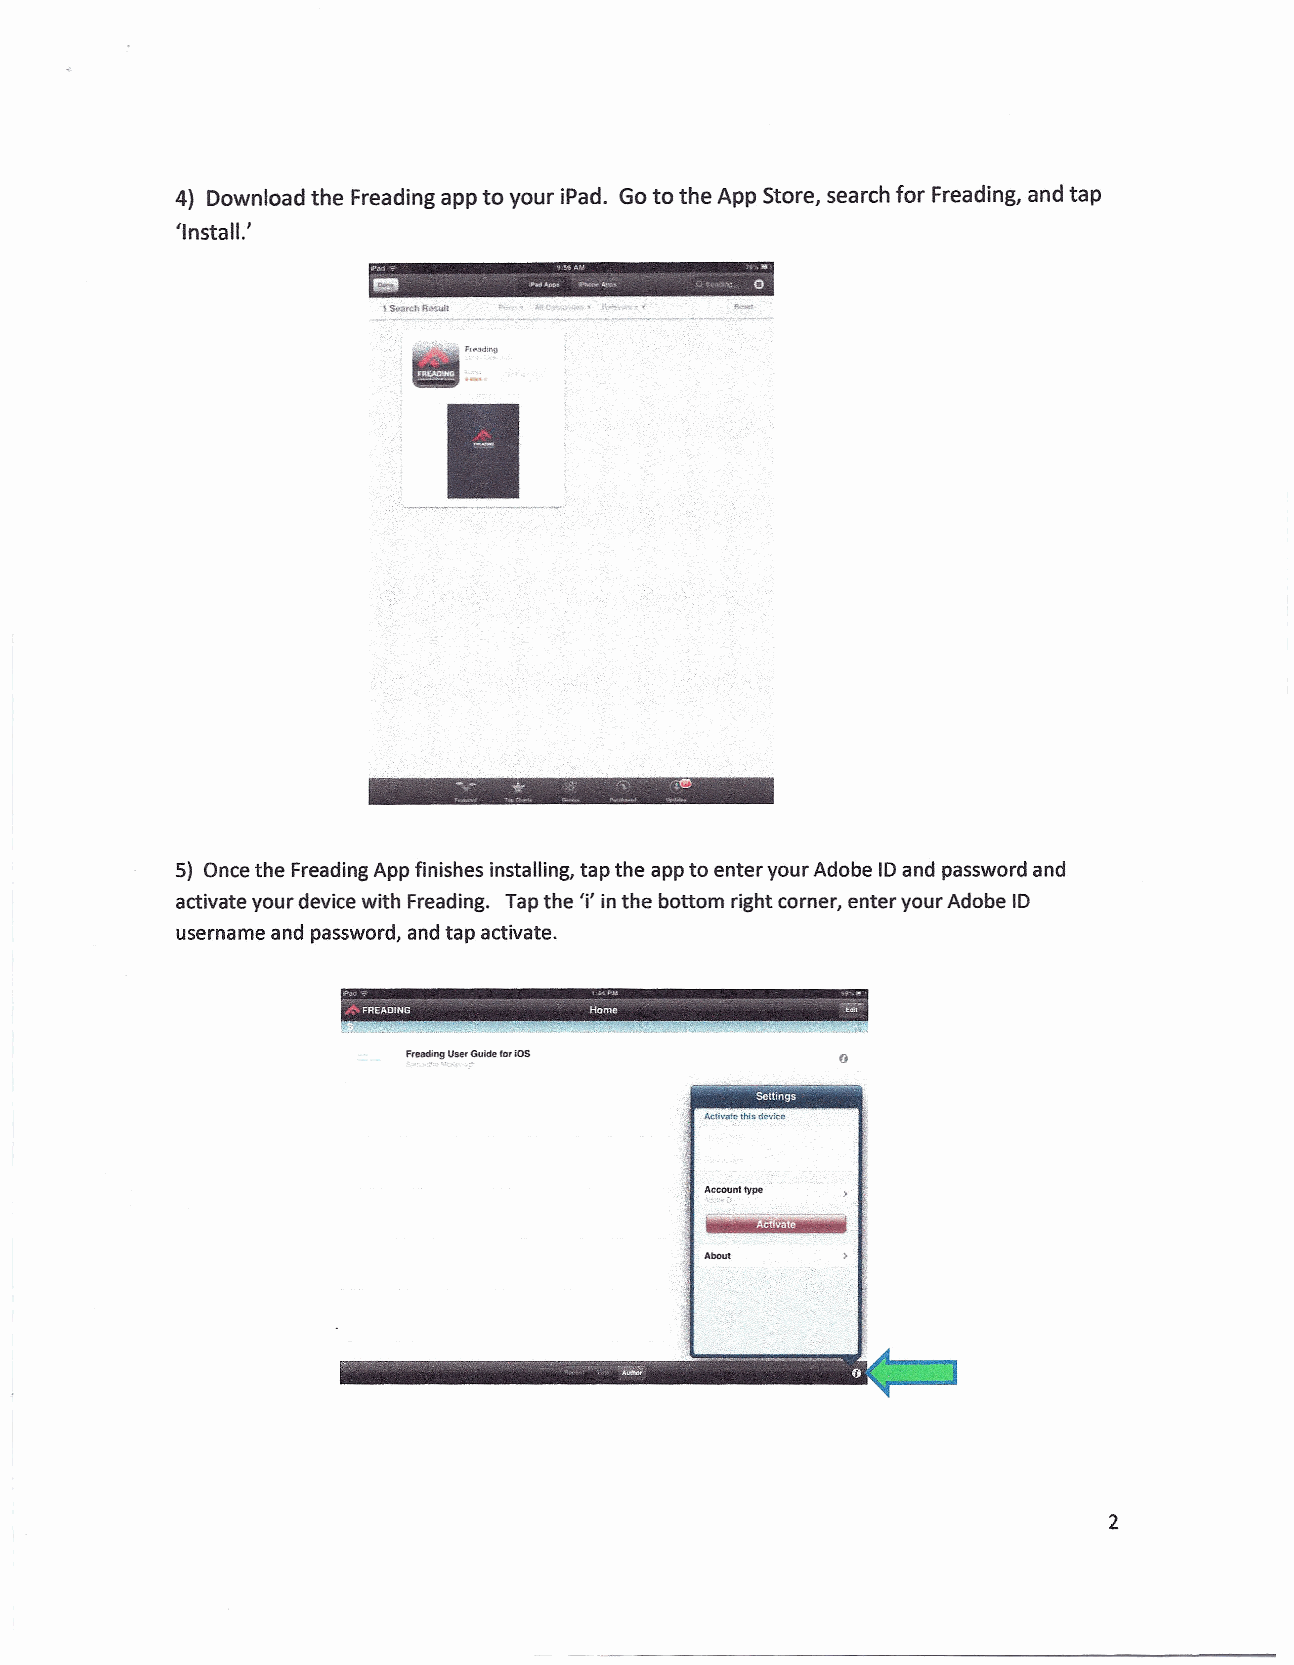
4) Download the Freading app to your iPad. Goto the App Store, search for Freading, and tap
 'Install.'
 ~ £'''1 :- I 1~ooAll     ' 0i;!i
 .9•••.6.DO~ .--:... .. ~ -. ~ ,'-'
 1~-archR~u't
 -,,-- ..•. .~. 'i' 'i~
 ....,... .."~ ~~. *~.-- "....
 5) Oncethe Freading App finishes installing, tap the app to enter your Adobe IDand password and
 activate your device with Freading. Tapthe Ii' inthe bottom right corner, enter your Adobe ID
 username and password, and tap activate.
 p~~_             J_~'"           ~:!!I
 ,I'::-.FREADING Home             -;;;-
 Frcading UserGuide foriDS    o
 Account type
 Activate
 About
 2